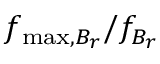
f _ { \mathrm { m a x } , B _ { r } } / f _ { B _ { r } }